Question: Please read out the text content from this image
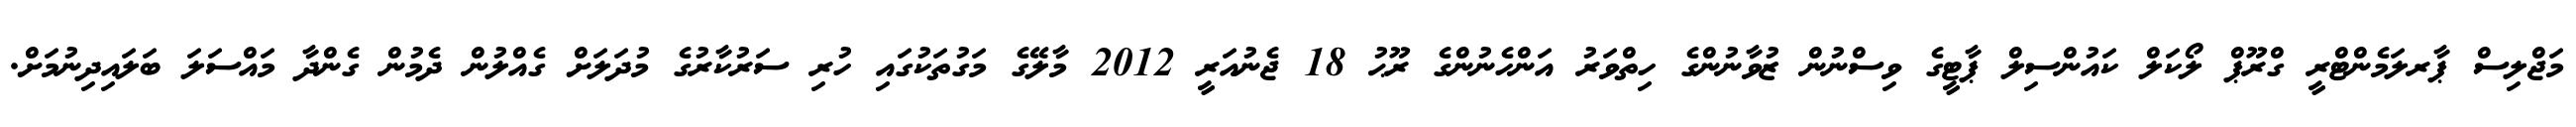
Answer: މަޖްލިސް ޕާރލަމެންޓްރީ ގްރޫޕް ލޯކަލް ކައުންސިލް ޕާޓީގެ ވިސްނުން ޒުވާނުންގެ ހިތްވަރު އަންހެނުންގެ ރޫޙު 18 ޖެނުއަރީ 2012 މާލޭގެ މަގުތަކުގައި ހުރި ސަރުކާރުގެ މުދަލަށް ގެއްލުން ދެމުން ގެންދާ މައްސަލަ ބަލައިދިނުމަށް.